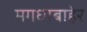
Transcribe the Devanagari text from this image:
मगधाबाहेर